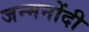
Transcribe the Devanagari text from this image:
जन्मनोंदी